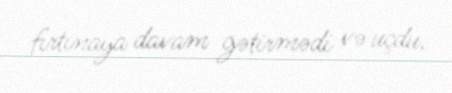
fırtınaya davam gətirmədi və uçdu.